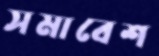
সমাবেশ